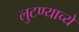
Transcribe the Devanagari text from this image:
लुटण्याच्ये